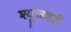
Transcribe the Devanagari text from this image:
श्यूजबरी